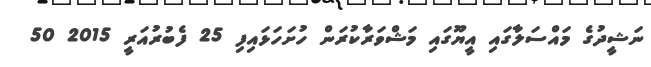
ނަޝީދުގެ މައްސަލާގައި އީޔޫގައި މަޝްވަރާކުރަން ހުށަހަޅައިފި 25 ފެބުރުއަރީ 2015 50